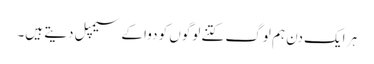
ہر ایک دن ہم لوگ کتنے لوگوں کو دوا کے سیمپل دیتے ہیں۔